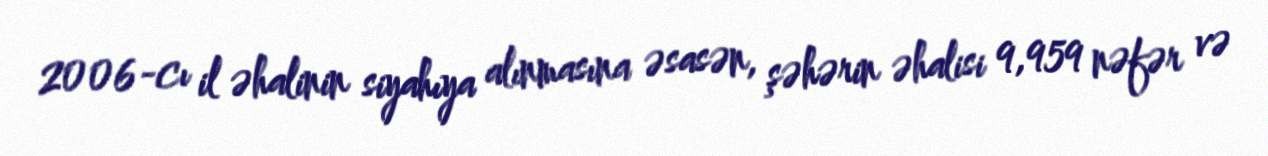
2006-cı il əhalinin siyahıya alınmasına əsasən, şəhərin əhalisi 9,959 nəfər və